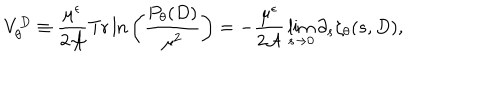
LaTeX: V _ { \theta } ^ { D } \equiv { \frac { \mu ^ { \epsilon } } { 2 { \cal A } } } \mathrm { T r } \, { \ln } \left( { \frac { P _ { \theta } ( D ) } { \mu ^ { 2 } } } \right) = - { \frac { \mu ^ { \epsilon } } { 2 { \cal A } } } \lim _ { s \to 0 } \partial _ { s } \zeta _ { \theta } ( s , D ) ,